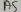
Text: A5